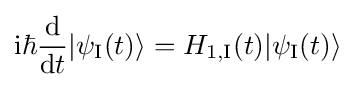
\mathrm {i} \hbar {\frac {\mathrm {d} }{\mathrm {d} t}}|\psi _{\text{I}}(t)\rangle =H_{1,{\text{I}}}(t)|\psi _{\text{I}}(t)\rangle